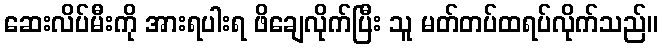
ဆေးလိပ်မီးကို အားရပါးရ ဖိချေလိုက်ပြီး သူ မတ်တပ်ထရပ်လိုက်သည်။